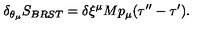
\delta _ { \theta _ { \mu } } { S _ { B R S T } } = \delta \xi ^ { \mu } M p _ { \mu } ( \tau ^ { \prime \prime } - \tau ^ { \prime } ) .